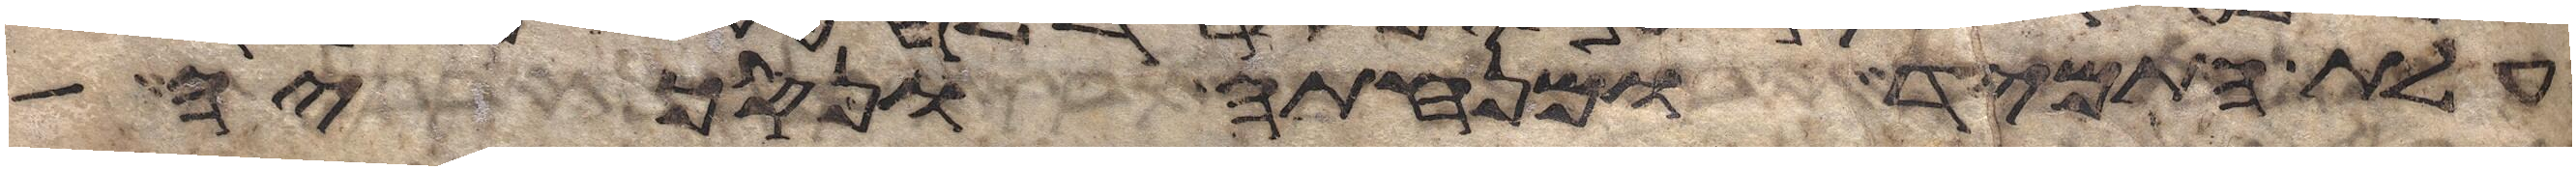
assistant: עלת התמיד ומנחתה ונסכיה